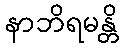
နာဘိရမန္တိ